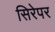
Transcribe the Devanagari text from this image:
सिरेपर